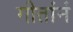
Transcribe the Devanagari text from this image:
गीतांनं